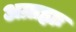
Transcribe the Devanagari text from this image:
अग्राह्यः